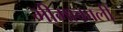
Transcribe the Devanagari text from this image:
भीमाकाली